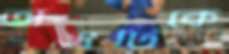
অস্ত্রটিকে